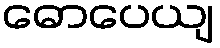
ဓောပေယျ